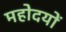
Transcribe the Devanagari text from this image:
महोदयों